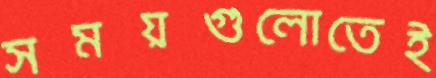
সময়গুলোতেই